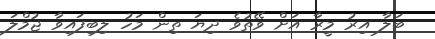
ބަލާ އިރު މީރާ އަށް ވޭތުވެ ދިޔަ ތިން މަހު ލިބިފައިވާ ޖުމްލަ